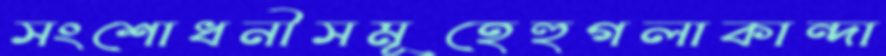
সংশোধনীসমূহেহুগলাকান্দা